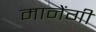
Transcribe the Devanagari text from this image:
मानेंगी